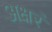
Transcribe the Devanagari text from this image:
अक्षरं